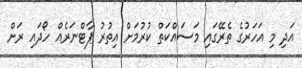
އަދި މި އަހަރުގެ ތެރޭގައި މަސައްކަތް ކުރުމަށް އިތުރު ޕާޓްނަރެއް ހޯދައި ރަށް